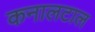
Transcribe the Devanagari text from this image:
कनालटाल